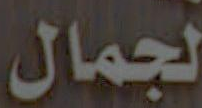
لجمال